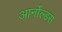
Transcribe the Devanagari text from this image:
आर्नोल्डस